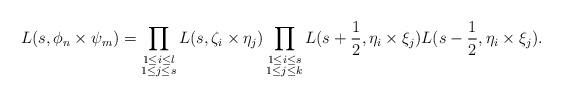
LaTeX: \begin{align*}L(s,\phi_n\times \psi_m)=\prod_{\substack{1\leq i\leq l \\ 1\leq j \leq s}}L(s, \zeta_i\times \eta_j)\prod_{\substack{1\leq i \leq s\\ 1\leq j\leq k}}L(s+\frac{1}{2},\eta_i\times\xi_j)L(s-\frac{1}{2},\eta_i\times\xi_j). \end{align*}